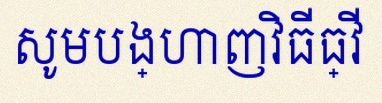
សូមបង្ហាញវិធីធ្វើ